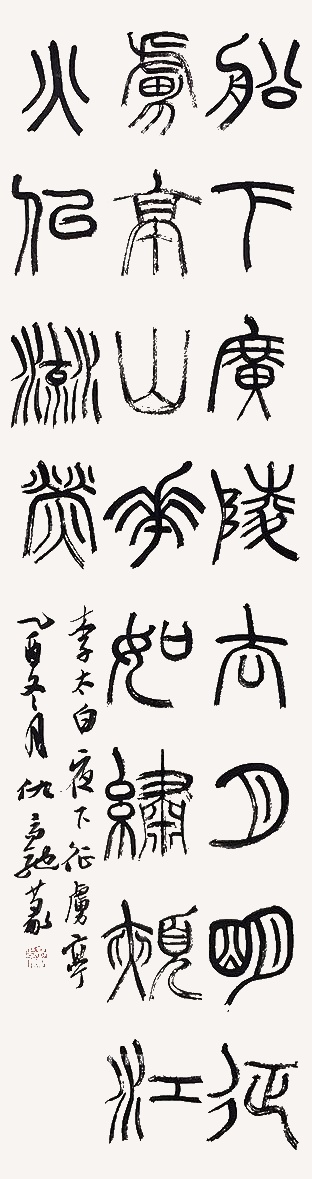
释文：船下广陵去，月明征虏亭。山花如绣颊，江火似流萤。李太白夜下征虏亭。乙酉冬月，仇高驰篆。